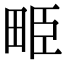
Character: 𤱥